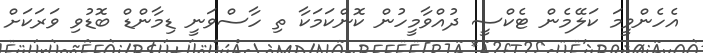
އެހެންވީމަ ކަލޭމެން ޓެކްސީ ދުއްވާމީހުން ކޮންކަމަކާ ތި ހާސްވަނީ ޑިމާންޑް ބޮޑުވި ވަރަކަށް